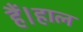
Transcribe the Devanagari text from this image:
हैं।हाल